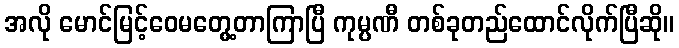
အလို မောင်မြင့်ဝေမတွေ့တာကြာပြီ ကုမ္ပဏီ တစ်ခုတည်ထောင်လိုက်ပြီဆို။